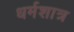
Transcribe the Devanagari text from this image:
धर्मशात्र